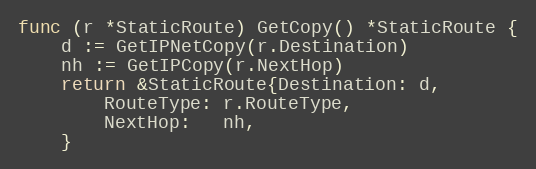
Language: Go
func (r *StaticRoute) GetCopy() *StaticRoute {
	d := GetIPNetCopy(r.Destination)
	nh := GetIPCopy(r.NextHop)
	return &StaticRoute{Destination: d,
		RouteType: r.RouteType,
		NextHop:   nh,
	}